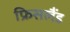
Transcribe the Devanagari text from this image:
फ्रिसलैंड